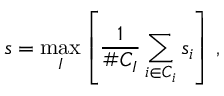
s = \operatorname* { m a x } _ { I } \left[ \frac { 1 } { \# C _ { I } } \sum _ { i \in C _ { i } } s _ { i } \right] \, ,